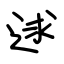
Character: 逑